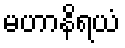
မဟာနိရယံ